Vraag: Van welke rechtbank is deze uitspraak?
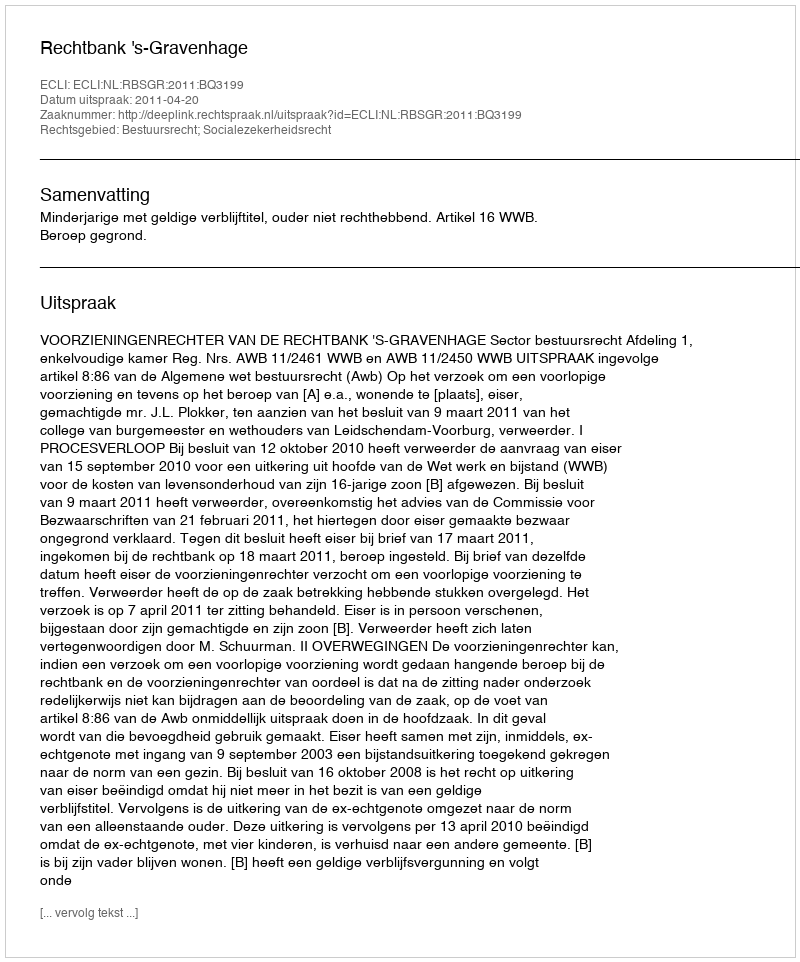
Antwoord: Rechtbank 's-Gravenhage